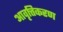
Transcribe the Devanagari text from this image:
आवृत्तिकरण